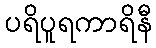
ပရိပူရကာရိနီ